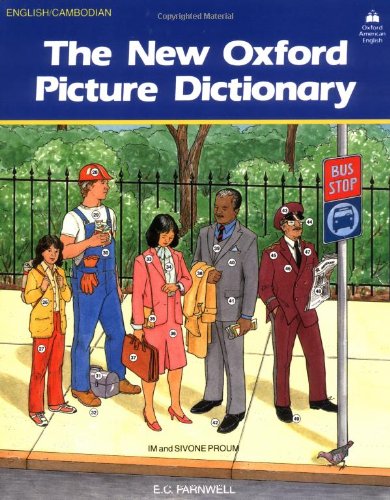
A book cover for The New Oxford Picture Dictionary: English-Cambodian Edition (The New Oxford Picture Dictionary (1988 ed.)); E. C. Parnwell; Literature & Fiction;